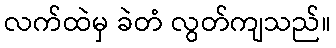
လက်ထဲမှ ခဲတံ လွတ်ကျသည်။